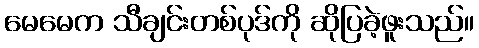
မေမေက သီချင်းတစ်ပုဒ်ကို ဆိုပြခဲ့ဖူးသည်။